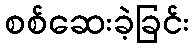
စစ်ဆေးခဲ့ခြင်း